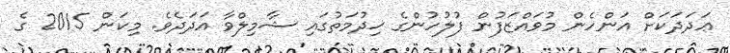
ޢަދަދަކަށް އަންހެން މުވައްޒަފުން ފުލުހުންގެ ޚިދުމަތުގައި ޝާމިލްވާ އަދަދެވެ. މިކަން 2015 ގެ